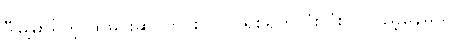
ဒီမြို့မှာရှိတဲ့ ထမင်းဆိုင်တိုင်းလိုလို ရှစ်ရက်လုံးလုံး လူပြည့်နေမယ်။